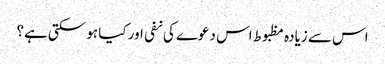
اس سے زیادہ مظبوط اس دعوے کی نفی اور کیا ہو سکتی ہے؟